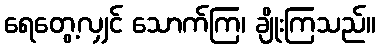
ရေတွေ့လျှင် သောက်ကြ၊ ချိုးကြသည်။